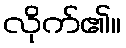
လိုက်၏။